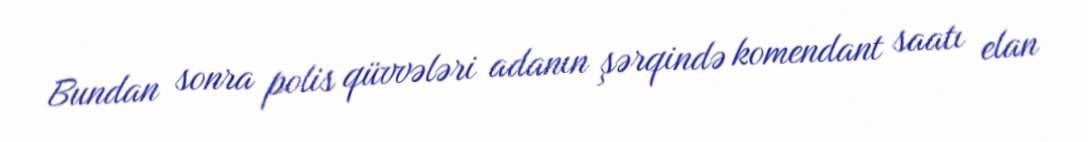
Bundan sonra polis qüvvələri adanın şərqində komendant saatı elan